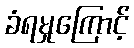
ခံရမှုကြောင့်